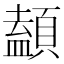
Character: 䫦